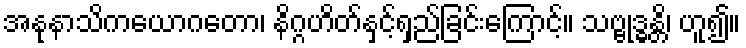
အနုနာသိကယောဂတော၊ နိဂ္ဂဟိတ်နှင့်ရှည်ခြင်းကြောင့်။ သဗ္ဗုဒ္ဓန္တိ၊ ဟူ၍။